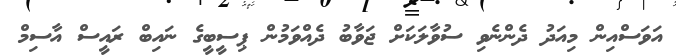
އަވަސްއިން މިއަދު ދެންނެވި ސުވާލަކަށް ޖަވާބު ދެއްވަމުން ޕިސީބީގެ ނައިބް ރައީސް އާސިމް